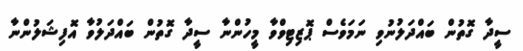
ސީދާ ގޮތުން ބައްދަލުނުވި ނަމަވެސް ޕޮޒިޓިވްވާ މީހުންނާ ސީދާ ގޮތުން ބައްދަލުވާ އޮފިޝަލުންނާ